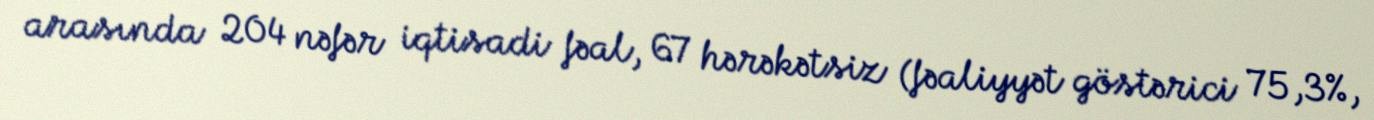
arasında 204 nəfər iqtisadi fəal, 67 hərəkətsiz (fəaliyyət göstərici 75,3%,